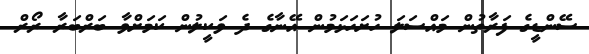
ސޭންޑީގެ ފަރާތުން މައްސަލަ ހުށަހަޅަމުން އޭނާގެ ދެ ވަކީލުން ކަމަށްވާ ބަރްބަރާ ރޯރް